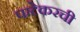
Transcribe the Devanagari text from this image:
पाटेकरची